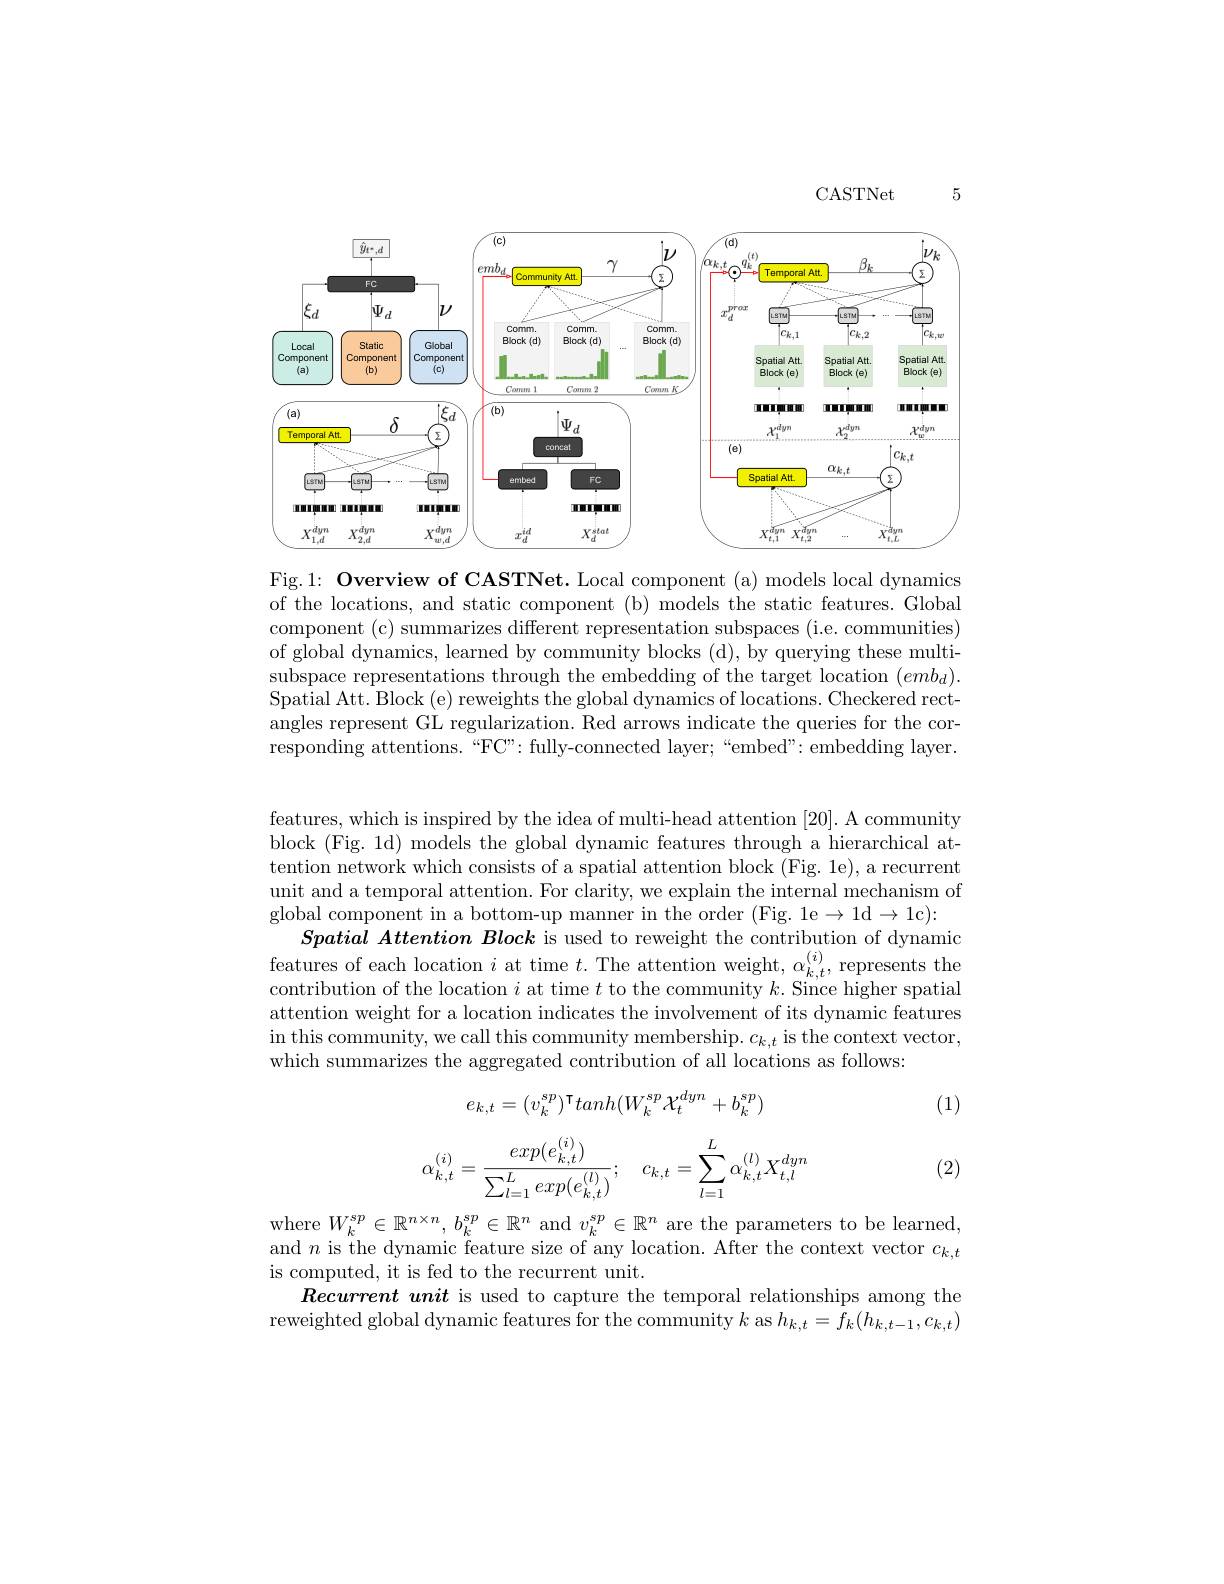
5

CASTNet

<FigureHere>

Fig.1: Overview of CASTNet. Local component (a) models local dynamics of the locations, and static component (b) models the static features. Global component (c) summarizes different representation subspaces (i.e. communities) of global dynamics, learned by community blocks (d), by querying these multi- $\begin{array}{c}\mathrm{subspace~representations~through~the~embedding~of~the~target~location~(emb_d).}\\\mathrm{subspace~representations~through~the~embedding~of~the~target~location~(emb_d).}\end{array}$ Spatial Att. Block (e) reweights the global dynamics of locations. Checkered rectangles represent GL regularization. Red arrows indicate the queries for the corresponding attentions.“FC”: fully-connected layer;““embed": embedding layer.

features, which is inspired by the idea of multi-head attention [20]. A community block (Fig. 1d) models the global dynamic features through a hierarchical attention network which consists of a spatial attention block (Fig. 1e), a recurrent unit and a temporal attention. For clarity, we explain the internal mechanism of global component in a bottom-up manner in the order (Fig. 1e$\to1$d$\to1$c):
$Spatial\textit{ Attention Block is used to reweight the contribution of dynamic}$ eatures of each location $i$ at time $t.$The attention weight, $\alpha_k.t^{(i)}$,represents the contribution of the location $i$ at time $t$ to the community $k.$ Since higher spatial attention weight for a location indicates the involvement of its dynamic features $\begin{array}{c}\mathrm{in~this~community,~we~call~this~community~membership.~}c_{k,t}\text{ is the context vector,}\\\end{array}$ which summarizes the aggregated contribution of all locations as follows:

(1)
$$e_{k,t}=(v_k^{sp})^\mathsf{T}tanh(W_k^{sp}\mathcal{X}_t^{dyn}+b_k^{sp})$$
$$\alpha_{k,t}^{(i)}=\frac{exp(e_{k,t}^{(i)})}{\sum_{l=1}^{L}exp(e_{k,t}^{(l)})};\quad c_{k,t}=\sum_{l=1}^{L}\alpha_{k,t}^{(l)}X_{t,l}^{dyn}$$
(2)

where $W_k^{sp}\in\mathbb{R}^{n\times n},b_k^{sp}\in\mathbb{R}^n$ and $v_k^{sp}\in\mathbb{R}^n$ are the parameters to be learned, and $n$is the dynamic feature size of any location. After the context vector $c_{k, }$ is computed, it is fed to the recurrent unit.
$\textit{Recurrent unit is used to capture the temporal relationships among the}$ reweighted global dynamic features for the community $k$ as $h_k,t=f_k(h_{k,t-1},c_{k,t})$